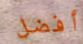
أفضل